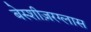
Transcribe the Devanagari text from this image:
बेस्शीज़रग्लास